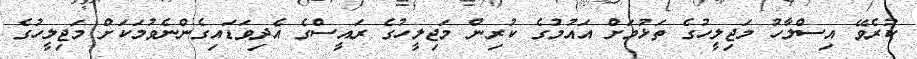
ކުރެވޭ އިސްލާހު މަޖިލީހުގެ ތަޅުމަށް އައުމުގެ ކުރިން މަޖިލީހުގެ ރައީސްގެ އެދިވަޑައިގެންނެވުމަކަށް މަޖިލީހުގެ